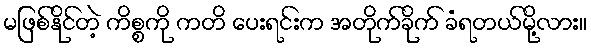
မဖြစ်နိုင်တဲ့ ကိစ္စကို ကတိ ပေးရင်းက အတိုက်ခိုက် ခံရတယ်မို့လား။